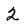
Character: 2